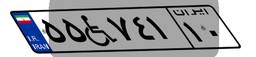
۵۵W۷۴۱۱۰